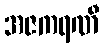
အဇကရဏီ